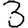
Digit: 3